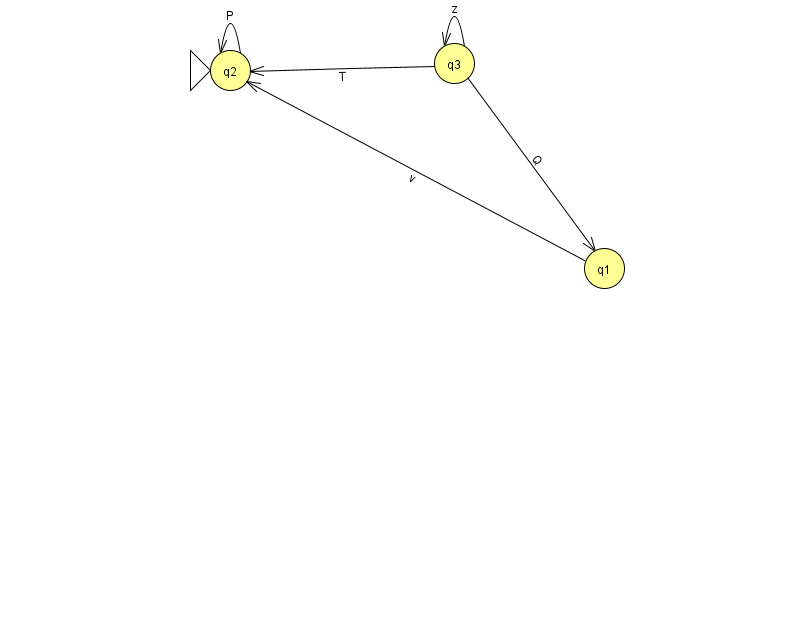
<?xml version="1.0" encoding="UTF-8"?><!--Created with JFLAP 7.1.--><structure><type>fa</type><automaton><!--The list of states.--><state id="1" name="q1"><x>604.0</x><y>255.0</y></state><state id="2" name="q2"><x>230.0</x><y>57.0</y><initial/></state><state id="3" name="q3"><x>454.0</x><y>50.0</y></state><!--The list of transitions.--><transition><from>2</from><to>2</to><read>P</read></transition><transition><from>3</from><to>1</to><read>Q</read></transition><transition><from>1</from><to>2</to><read>v</read></transition><transition><from>3</from><to>3</to><read>z</read></transition><transition><from>3</from><to>2</to><read>T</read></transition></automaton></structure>